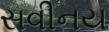
સવીનય